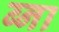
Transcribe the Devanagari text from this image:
ब्ना